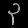
Digit: ၃